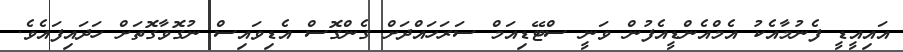
އައިއީޑީ ފެނުމާއެކު އެމްއެންޑީއެފުން ވަނީ ސްޓޭޑިއަމް ސަރަހައްދަށް ގެންގޮސް އެޑިވައިސް ނުގޮވާގޮތަށް ހަދައިފައެވެ.